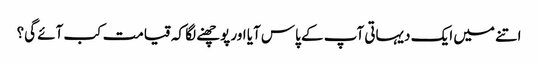
اتنے میں ایک دیہاتی آپ کے پاس آیا اور پوچھنے لگا کہ قیامت کب آئے گی؟